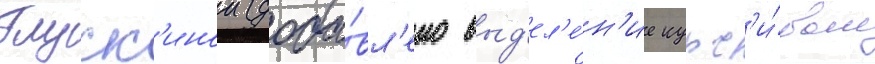
Глуск'инои (доба́вл'ено выд'ел'е́н'ие курс'и́вом